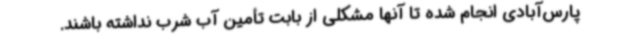
پارس‌آبادی انجام شده تا آنها مشکلی از بابت تأمین آب شرب نداشته باشند.